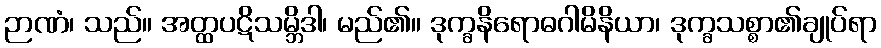
ဉာဏံ၊ သည်။ အတ္ထပဋိသမ္ဘိဒါ၊ မည်၏။ ဒုက္ခနိရောဓဂါမိနိယာ၊ ဒုက္ခသစ္စာ၏ချုပ်ရာ